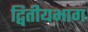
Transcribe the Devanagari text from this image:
द्वितीयभाग